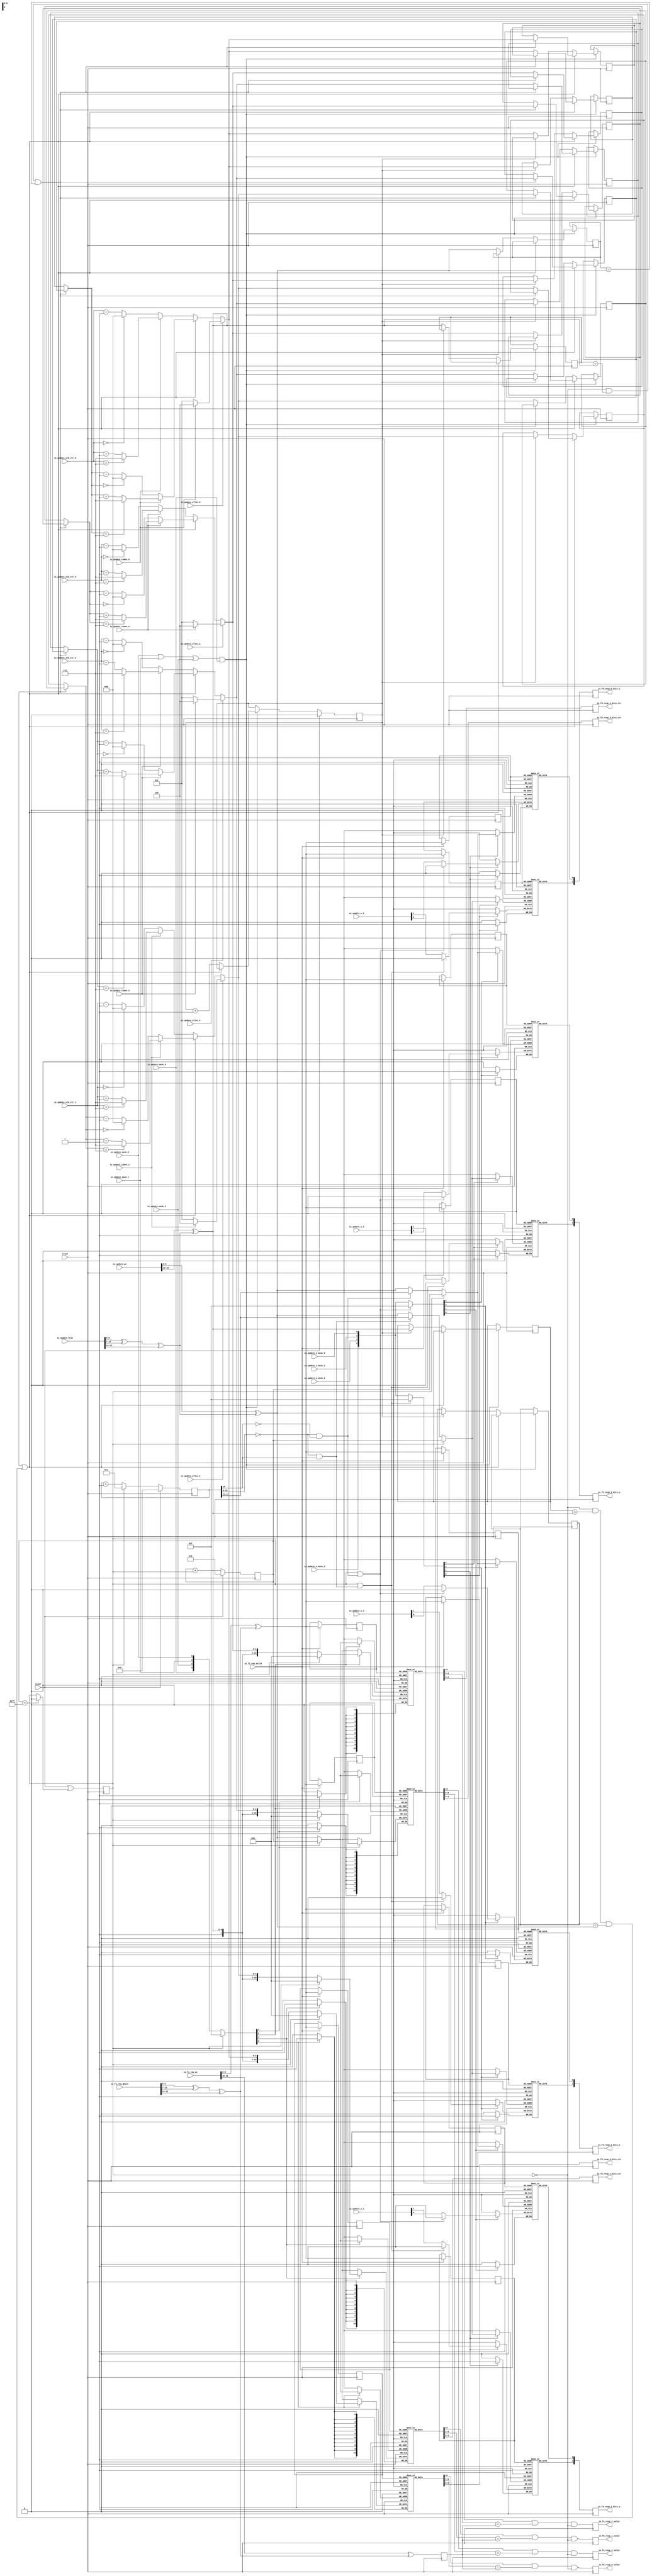
module TageTable(
  input         clock,
  input         reset,
  input         io_f1_req_valid,
  input  [39:0] io_f1_req_pc,
  input  [15:0] io_f1_req_ghist,
  output        io_f3_resp_0_valid,
  output [2:0]  io_f3_resp_0_bits_ctr,
  output [1:0]  io_f3_resp_0_bits_u,
  output        io_f3_resp_1_valid,
  output [2:0]  io_f3_resp_1_bits_ctr,
  output [1:0]  io_f3_resp_1_bits_u,
  output        io_f3_resp_2_valid,
  output [2:0]  io_f3_resp_2_bits_ctr,
  output [1:0]  io_f3_resp_2_bits_u,
  output        io_f3_resp_3_valid,
  output [2:0]  io_f3_resp_3_bits_ctr,
  output [1:0]  io_f3_resp_3_bits_u,
  input         io_update_mask_0,
  input         io_update_mask_1,
  input         io_update_mask_2,
  input         io_update_mask_3,
  input         io_update_taken_0,
  input         io_update_taken_1,
  input         io_update_taken_2,
  input         io_update_taken_3,
  input         io_update_alloc_0,
  input         io_update_alloc_1,
  input         io_update_alloc_2,
  input         io_update_alloc_3,
  input  [2:0]  io_update_old_ctr_0,
  input  [2:0]  io_update_old_ctr_1,
  input  [2:0]  io_update_old_ctr_2,
  input  [2:0]  io_update_old_ctr_3,
  input  [39:0] io_update_pc,
  input  [15:0] io_update_hist,
  input         io_update_u_mask_0,
  input         io_update_u_mask_1,
  input         io_update_u_mask_2,
  input         io_update_u_mask_3,
  input  [1:0]  io_update_u_0,
  input  [1:0]  io_update_u_1,
  input  [1:0]  io_update_u_2,
  input  [1:0]  io_update_u_3
);
`ifdef RANDOMIZE_MEM_INIT
  reg [31:0] _RAND_0;
  reg [31:0] _RAND_3;
  reg [31:0] _RAND_6;
  reg [31:0] _RAND_9;
  reg [31:0] _RAND_12;
  reg [31:0] _RAND_15;
  reg [31:0] _RAND_18;
  reg [31:0] _RAND_21;
  reg [31:0] _RAND_24;
  reg [31:0] _RAND_27;
  reg [31:0] _RAND_30;
  reg [31:0] _RAND_33;
`endif // RANDOMIZE_MEM_INIT
`ifdef RANDOMIZE_REG_INIT
  reg [31:0] _RAND_1;
  reg [31:0] _RAND_2;
  reg [31:0] _RAND_4;
  reg [31:0] _RAND_5;
  reg [31:0] _RAND_7;
  reg [31:0] _RAND_8;
  reg [31:0] _RAND_10;
  reg [31:0] _RAND_11;
  reg [31:0] _RAND_13;
  reg [31:0] _RAND_14;
  reg [31:0] _RAND_16;
  reg [31:0] _RAND_17;
  reg [31:0] _RAND_19;
  reg [31:0] _RAND_20;
  reg [31:0] _RAND_22;
  reg [31:0] _RAND_23;
  reg [31:0] _RAND_25;
  reg [31:0] _RAND_26;
  reg [31:0] _RAND_28;
  reg [31:0] _RAND_29;
  reg [31:0] _RAND_31;
  reg [31:0] _RAND_32;
  reg [31:0] _RAND_34;
  reg [31:0] _RAND_35;
  reg [31:0] _RAND_36;
  reg [31:0] _RAND_37;
  reg [31:0] _RAND_38;
  reg [31:0] _RAND_39;
  reg [31:0] _RAND_40;
  reg [31:0] _RAND_41;
  reg [31:0] _RAND_42;
  reg [31:0] _RAND_43;
  reg [31:0] _RAND_44;
  reg [31:0] _RAND_45;
  reg [31:0] _RAND_46;
  reg [31:0] _RAND_47;
  reg [31:0] _RAND_48;
  reg [31:0] _RAND_49;
  reg [31:0] _RAND_50;
  reg [31:0] _RAND_51;
  reg [31:0] _RAND_52;
  reg [31:0] _RAND_53;
  reg [31:0] _RAND_54;
  reg [31:0] _RAND_55;
  reg [31:0] _RAND_56;
  reg [31:0] _RAND_57;
  reg [31:0] _RAND_58;
  reg [31:0] _RAND_59;
  reg [31:0] _RAND_60;
  reg [31:0] _RAND_61;
  reg [31:0] _RAND_62;
  reg [31:0] _RAND_63;
  reg [31:0] _RAND_64;
`endif // RANDOMIZE_REG_INIT
  reg  hi_us_0 [0:127]; // @[tage.scala 89:27]
  wire  hi_us_0_s2_req_rhius_data; // @[tage.scala 89:27]
  wire [6:0] hi_us_0_s2_req_rhius_addr; // @[tage.scala 89:27]
  wire  hi_us_0_MPORT_2_data; // @[tage.scala 89:27]
  wire [6:0] hi_us_0_MPORT_2_addr; // @[tage.scala 89:27]
  wire  hi_us_0_MPORT_2_mask; // @[tage.scala 89:27]
  wire  hi_us_0_MPORT_2_en; // @[tage.scala 89:27]
  reg  hi_us_0_s2_req_rhius_en_pipe_0;
  reg [6:0] hi_us_0_s2_req_rhius_addr_pipe_0;
  reg  hi_us_1 [0:127]; // @[tage.scala 89:27]
  wire  hi_us_1_s2_req_rhius_data; // @[tage.scala 89:27]
  wire [6:0] hi_us_1_s2_req_rhius_addr; // @[tage.scala 89:27]
  wire  hi_us_1_MPORT_2_data; // @[tage.scala 89:27]
  wire [6:0] hi_us_1_MPORT_2_addr; // @[tage.scala 89:27]
  wire  hi_us_1_MPORT_2_mask; // @[tage.scala 89:27]
  wire  hi_us_1_MPORT_2_en; // @[tage.scala 89:27]
  reg  hi_us_1_s2_req_rhius_en_pipe_0;
  reg [6:0] hi_us_1_s2_req_rhius_addr_pipe_0;
  reg  hi_us_2 [0:127]; // @[tage.scala 89:27]
  wire  hi_us_2_s2_req_rhius_data; // @[tage.scala 89:27]
  wire [6:0] hi_us_2_s2_req_rhius_addr; // @[tage.scala 89:27]
  wire  hi_us_2_MPORT_2_data; // @[tage.scala 89:27]
  wire [6:0] hi_us_2_MPORT_2_addr; // @[tage.scala 89:27]
  wire  hi_us_2_MPORT_2_mask; // @[tage.scala 89:27]
  wire  hi_us_2_MPORT_2_en; // @[tage.scala 89:27]
  reg  hi_us_2_s2_req_rhius_en_pipe_0;
  reg [6:0] hi_us_2_s2_req_rhius_addr_pipe_0;
  reg  hi_us_3 [0:127]; // @[tage.scala 89:27]
  wire  hi_us_3_s2_req_rhius_data; // @[tage.scala 89:27]
  wire [6:0] hi_us_3_s2_req_rhius_addr; // @[tage.scala 89:27]
  wire  hi_us_3_MPORT_2_data; // @[tage.scala 89:27]
  wire [6:0] hi_us_3_MPORT_2_addr; // @[tage.scala 89:27]
  wire  hi_us_3_MPORT_2_mask; // @[tage.scala 89:27]
  wire  hi_us_3_MPORT_2_en; // @[tage.scala 89:27]
  reg  hi_us_3_s2_req_rhius_en_pipe_0;
  reg [6:0] hi_us_3_s2_req_rhius_addr_pipe_0;
  reg  lo_us_0 [0:127]; // @[tage.scala 90:27]
  wire  lo_us_0_s2_req_rlous_data; // @[tage.scala 90:27]
  wire [6:0] lo_us_0_s2_req_rlous_addr; // @[tage.scala 90:27]
  wire  lo_us_0_MPORT_3_data; // @[tage.scala 90:27]
  wire [6:0] lo_us_0_MPORT_3_addr; // @[tage.scala 90:27]
  wire  lo_us_0_MPORT_3_mask; // @[tage.scala 90:27]
  wire  lo_us_0_MPORT_3_en; // @[tage.scala 90:27]
  reg  lo_us_0_s2_req_rlous_en_pipe_0;
  reg [6:0] lo_us_0_s2_req_rlous_addr_pipe_0;
  reg  lo_us_1 [0:127]; // @[tage.scala 90:27]
  wire  lo_us_1_s2_req_rlous_data; // @[tage.scala 90:27]
  wire [6:0] lo_us_1_s2_req_rlous_addr; // @[tage.scala 90:27]
  wire  lo_us_1_MPORT_3_data; // @[tage.scala 90:27]
  wire [6:0] lo_us_1_MPORT_3_addr; // @[tage.scala 90:27]
  wire  lo_us_1_MPORT_3_mask; // @[tage.scala 90:27]
  wire  lo_us_1_MPORT_3_en; // @[tage.scala 90:27]
  reg  lo_us_1_s2_req_rlous_en_pipe_0;
  reg [6:0] lo_us_1_s2_req_rlous_addr_pipe_0;
  reg  lo_us_2 [0:127]; // @[tage.scala 90:27]
  wire  lo_us_2_s2_req_rlous_data; // @[tage.scala 90:27]
  wire [6:0] lo_us_2_s2_req_rlous_addr; // @[tage.scala 90:27]
  wire  lo_us_2_MPORT_3_data; // @[tage.scala 90:27]
  wire [6:0] lo_us_2_MPORT_3_addr; // @[tage.scala 90:27]
  wire  lo_us_2_MPORT_3_mask; // @[tage.scala 90:27]
  wire  lo_us_2_MPORT_3_en; // @[tage.scala 90:27]
  reg  lo_us_2_s2_req_rlous_en_pipe_0;
  reg [6:0] lo_us_2_s2_req_rlous_addr_pipe_0;
  reg  lo_us_3 [0:127]; // @[tage.scala 90:27]
  wire  lo_us_3_s2_req_rlous_data; // @[tage.scala 90:27]
  wire [6:0] lo_us_3_s2_req_rlous_addr; // @[tage.scala 90:27]
  wire  lo_us_3_MPORT_3_data; // @[tage.scala 90:27]
  wire [6:0] lo_us_3_MPORT_3_addr; // @[tage.scala 90:27]
  wire  lo_us_3_MPORT_3_mask; // @[tage.scala 90:27]
  wire  lo_us_3_MPORT_3_en; // @[tage.scala 90:27]
  reg  lo_us_3_s2_req_rlous_en_pipe_0;
  reg [6:0] lo_us_3_s2_req_rlous_addr_pipe_0;
  reg [10:0] table_0 [0:127]; // @[tage.scala 91:27]
  wire [10:0] table_0_MPORT_data; // @[tage.scala 91:27]
  wire [6:0] table_0_MPORT_addr; // @[tage.scala 91:27]
  wire [10:0] table_0_MPORT_1_data; // @[tage.scala 91:27]
  wire [6:0] table_0_MPORT_1_addr; // @[tage.scala 91:27]
  wire  table_0_MPORT_1_mask; // @[tage.scala 91:27]
  wire  table_0_MPORT_1_en; // @[tage.scala 91:27]
  reg  table_0_MPORT_en_pipe_0;
  reg [6:0] table_0_MPORT_addr_pipe_0;
  reg [10:0] table_1 [0:127]; // @[tage.scala 91:27]
  wire [10:0] table_1_MPORT_data; // @[tage.scala 91:27]
  wire [6:0] table_1_MPORT_addr; // @[tage.scala 91:27]
  wire [10:0] table_1_MPORT_1_data; // @[tage.scala 91:27]
  wire [6:0] table_1_MPORT_1_addr; // @[tage.scala 91:27]
  wire  table_1_MPORT_1_mask; // @[tage.scala 91:27]
  wire  table_1_MPORT_1_en; // @[tage.scala 91:27]
  reg  table_1_MPORT_en_pipe_0;
  reg [6:0] table_1_MPORT_addr_pipe_0;
  reg [10:0] table_2 [0:127]; // @[tage.scala 91:27]
  wire [10:0] table_2_MPORT_data; // @[tage.scala 91:27]
  wire [6:0] table_2_MPORT_addr; // @[tage.scala 91:27]
  wire [10:0] table_2_MPORT_1_data; // @[tage.scala 91:27]
  wire [6:0] table_2_MPORT_1_addr; // @[tage.scala 91:27]
  wire  table_2_MPORT_1_mask; // @[tage.scala 91:27]
  wire  table_2_MPORT_1_en; // @[tage.scala 91:27]
  reg  table_2_MPORT_en_pipe_0;
  reg [6:0] table_2_MPORT_addr_pipe_0;
  reg [10:0] table_3 [0:127]; // @[tage.scala 91:27]
  wire [10:0] table_3_MPORT_data; // @[tage.scala 91:27]
  wire [6:0] table_3_MPORT_addr; // @[tage.scala 91:27]
  wire [10:0] table_3_MPORT_1_data; // @[tage.scala 91:27]
  wire [6:0] table_3_MPORT_1_addr; // @[tage.scala 91:27]
  wire  table_3_MPORT_1_mask; // @[tage.scala 91:27]
  wire  table_3_MPORT_1_en; // @[tage.scala 91:27]
  reg  table_3_MPORT_en_pipe_0;
  reg [6:0] table_3_MPORT_addr_pipe_0;
  reg  doing_reset; // @[tage.scala 72:28]
  reg [6:0] reset_idx; // @[tage.scala 73:26]
  wire [6:0] _GEN_86 = {{6'd0}, doing_reset}; // @[tage.scala 74:26]
  wire [6:0] _T_1 = reset_idx + _GEN_86; // @[tage.scala 74:26]
  wire  _GEN_0 = reset_idx == 7'h7f ? 1'h0 : doing_reset; // @[tage.scala 75:36 tage.scala 75:50 tage.scala 72:28]
  wire [6:0] _T_7 = io_f1_req_ghist[6:0] ^ io_f1_req_ghist[13:7]; // @[tage.scala 55:25]
  wire [6:0] _GEN_87 = {{5'd0}, io_f1_req_ghist[15:14]}; // @[tage.scala 55:25]
  wire [6:0] _T_8 = _T_7 ^ _GEN_87; // @[tage.scala 55:25]
  wire [36:0] _GEN_88 = {{30'd0}, _T_8}; // @[tage.scala 60:29]
  wire [36:0] _T_9 = io_f1_req_pc[39:3] ^ _GEN_88; // @[tage.scala 60:29]
  wire [29:0] _GEN_90 = {{23'd0}, _T_8}; // @[tage.scala 62:50]
  wire [29:0] _T_16 = io_f1_req_pc[39:10] ^ _GEN_90; // @[tage.scala 62:50]
  reg [6:0] s2_tag; // @[tage.scala 95:29]
  wire [10:0] _WIRE_2 = table_0_MPORT_data;
  wire [6:0] s2_req_rtage_0_tag = _WIRE_2[9:3]; // @[tage.scala 97:87]
  wire  s2_req_rtage_0_valid = _WIRE_2[10]; // @[tage.scala 97:87]
  wire [10:0] _WIRE_4 = table_1_MPORT_data;
  wire [6:0] s2_req_rtage_1_tag = _WIRE_4[9:3]; // @[tage.scala 97:87]
  wire  s2_req_rtage_1_valid = _WIRE_4[10]; // @[tage.scala 97:87]
  wire [10:0] _WIRE_6 = table_2_MPORT_data;
  wire [6:0] s2_req_rtage_2_tag = _WIRE_6[9:3]; // @[tage.scala 97:87]
  wire  s2_req_rtage_2_valid = _WIRE_6[10]; // @[tage.scala 97:87]
  wire [10:0] _WIRE_8 = table_3_MPORT_data;
  wire [6:0] s2_req_rtage_3_tag = _WIRE_8[9:3]; // @[tage.scala 97:87]
  wire  s2_req_rtage_3_valid = _WIRE_8[10]; // @[tage.scala 97:87]
  wire  _T_37 = ~doing_reset; // @[tage.scala 100:83]
  reg  REG; // @[tage.scala 104:38]
  reg [1:0] REG_1; // @[tage.scala 105:38]
  reg [2:0] REG_2; // @[tage.scala 106:38]
  reg  REG_3; // @[tage.scala 104:38]
  reg [1:0] REG_4; // @[tage.scala 105:38]
  reg [2:0] REG_5; // @[tage.scala 106:38]
  reg  REG_6; // @[tage.scala 104:38]
  reg [1:0] REG_7; // @[tage.scala 105:38]
  reg [2:0] REG_8; // @[tage.scala 106:38]
  reg  REG_9; // @[tage.scala 104:38]
  reg [1:0] REG_10; // @[tage.scala 105:38]
  reg [2:0] REG_11; // @[tage.scala 106:38]
  reg [18:0] clear_u_ctr; // @[tage.scala 109:28]
  wire [18:0] _T_56 = clear_u_ctr + 19'h1; // @[tage.scala 110:85]
  wire  doing_clear_u = clear_u_ctr[10:0] == 11'h0; // @[tage.scala 112:61]
  wire  doing_clear_u_hi = doing_clear_u & clear_u_ctr[18]; // @[tage.scala 113:40]
  wire  doing_clear_u_lo = doing_clear_u & ~clear_u_ctr[18]; // @[tage.scala 114:40]
  wire [7:0] clear_u_idx = clear_u_ctr[18:11]; // @[tage.scala 115:33]
  wire [6:0] _T_66 = io_update_hist[6:0] ^ io_update_hist[13:7]; // @[tage.scala 55:25]
  wire [6:0] _GEN_91 = {{5'd0}, io_update_hist[15:14]}; // @[tage.scala 55:25]
  wire [6:0] _T_67 = _T_66 ^ _GEN_91; // @[tage.scala 55:25]
  wire [36:0] _GEN_92 = {{30'd0}, _T_67}; // @[tage.scala 60:29]
  wire [36:0] _T_68 = io_update_pc[39:3] ^ _GEN_92; // @[tage.scala 60:29]
  wire [6:0] update_idx = _T_68[6:0]; // @[tage.scala 60:43]
  wire [29:0] _GEN_94 = {{23'd0}, _T_67}; // @[tage.scala 62:50]
  wire [29:0] _T_75 = io_update_pc[39:10] ^ _GEN_94; // @[tage.scala 62:50]
  wire [6:0] update_tag = _T_75[6:0]; // @[tage.scala 62:64]
  wire [2:0] _T_125 = io_update_taken_0 ? 3'h4 : 3'h3; // @[tage.scala 156:10]
  reg [6:0] wrbypass_tags_0; // @[tage.scala 141:29]
  wire  _T_116 = wrbypass_tags_0 == update_tag; // @[tage.scala 148:22]
  wire  _T_117 = _T_37 & _T_116; // @[tage.scala 147:18]
  reg [6:0] wrbypass_idxs_0; // @[tage.scala 142:29]
  wire  _T_118 = wrbypass_idxs_0 == update_idx; // @[tage.scala 149:22]
  wire  wrbypass_hits_0 = _T_117 & _T_118; // @[tage.scala 148:37]
  reg [6:0] wrbypass_tags_1; // @[tage.scala 141:29]
  wire  _T_121 = wrbypass_tags_1 == update_tag; // @[tage.scala 148:22]
  wire  _T_122 = _T_37 & _T_121; // @[tage.scala 147:18]
  reg [6:0] wrbypass_idxs_1; // @[tage.scala 142:29]
  wire  _T_123 = wrbypass_idxs_1 == update_idx; // @[tage.scala 149:22]
  wire  wrbypass_hits_1 = _T_122 & _T_123; // @[tage.scala 148:37]
  wire  wrbypass_hit = wrbypass_hits_0 | wrbypass_hits_1; // @[tage.scala 151:48]
  wire  wrbypass_hit_idx = wrbypass_hits_0 ? 1'h0 : 1'h1; // @[Mux.scala 47:69]
  reg [2:0] wrbypass_1_0; // @[tage.scala 143:29]
  reg [2:0] wrbypass_0_0; // @[tage.scala 143:29]
  wire [2:0] _GEN_33 = wrbypass_hit_idx ? wrbypass_1_0 : wrbypass_0_0; // @[tage.scala 67:25 tage.scala 67:25]
  wire [2:0] _T_129 = _GEN_33 - 3'h1; // @[tage.scala 67:43]
  wire [2:0] _T_130 = _GEN_33 == 3'h0 ? 3'h0 : _T_129; // @[tage.scala 67:20]
  wire [2:0] _T_133 = _GEN_33 + 3'h1; // @[tage.scala 68:43]
  wire [2:0] _T_134 = _GEN_33 == 3'h7 ? 3'h7 : _T_133; // @[tage.scala 68:20]
  wire [2:0] _T_135 = ~io_update_taken_0 ? _T_130 : _T_134; // @[tage.scala 67:8]
  wire [2:0] _T_139 = io_update_old_ctr_0 - 3'h1; // @[tage.scala 67:43]
  wire [2:0] _T_140 = io_update_old_ctr_0 == 3'h0 ? 3'h0 : _T_139; // @[tage.scala 67:20]
  wire [2:0] _T_143 = io_update_old_ctr_0 + 3'h1; // @[tage.scala 68:43]
  wire [2:0] _T_144 = io_update_old_ctr_0 == 3'h7 ? 3'h7 : _T_143; // @[tage.scala 68:20]
  wire [2:0] _T_145 = ~io_update_taken_0 ? _T_140 : _T_144; // @[tage.scala 67:8]
  wire [2:0] _T_146 = wrbypass_hit ? _T_135 : _T_145; // @[tage.scala 159:10]
  wire [2:0] update_wdata_0_ctr = io_update_alloc_0 ? _T_125 : _T_146; // @[tage.scala 155:33]
  wire [10:0] _T_77 = {1'h1,update_tag,update_wdata_0_ctr}; // @[tage.scala 123:102]
  wire [2:0] _T_150 = io_update_taken_1 ? 3'h4 : 3'h3; // @[tage.scala 156:10]
  reg [2:0] wrbypass_1_1; // @[tage.scala 143:29]
  reg [2:0] wrbypass_0_1; // @[tage.scala 143:29]
  wire [2:0] _GEN_35 = wrbypass_hit_idx ? wrbypass_1_1 : wrbypass_0_1; // @[tage.scala 67:25 tage.scala 67:25]
  wire [2:0] _T_154 = _GEN_35 - 3'h1; // @[tage.scala 67:43]
  wire [2:0] _T_155 = _GEN_35 == 3'h0 ? 3'h0 : _T_154; // @[tage.scala 67:20]
  wire [2:0] _T_158 = _GEN_35 + 3'h1; // @[tage.scala 68:43]
  wire [2:0] _T_159 = _GEN_35 == 3'h7 ? 3'h7 : _T_158; // @[tage.scala 68:20]
  wire [2:0] _T_160 = ~io_update_taken_1 ? _T_155 : _T_159; // @[tage.scala 67:8]
  wire [2:0] _T_164 = io_update_old_ctr_1 - 3'h1; // @[tage.scala 67:43]
  wire [2:0] _T_165 = io_update_old_ctr_1 == 3'h0 ? 3'h0 : _T_164; // @[tage.scala 67:20]
  wire [2:0] _T_168 = io_update_old_ctr_1 + 3'h1; // @[tage.scala 68:43]
  wire [2:0] _T_169 = io_update_old_ctr_1 == 3'h7 ? 3'h7 : _T_168; // @[tage.scala 68:20]
  wire [2:0] _T_170 = ~io_update_taken_1 ? _T_165 : _T_169; // @[tage.scala 67:8]
  wire [2:0] _T_171 = wrbypass_hit ? _T_160 : _T_170; // @[tage.scala 159:10]
  wire [2:0] update_wdata_1_ctr = io_update_alloc_1 ? _T_150 : _T_171; // @[tage.scala 155:33]
  wire [10:0] _T_78 = {1'h1,update_tag,update_wdata_1_ctr}; // @[tage.scala 123:102]
  wire [2:0] _T_175 = io_update_taken_2 ? 3'h4 : 3'h3; // @[tage.scala 156:10]
  reg [2:0] wrbypass_1_2; // @[tage.scala 143:29]
  reg [2:0] wrbypass_0_2; // @[tage.scala 143:29]
  wire [2:0] _GEN_37 = wrbypass_hit_idx ? wrbypass_1_2 : wrbypass_0_2; // @[tage.scala 67:25 tage.scala 67:25]
  wire [2:0] _T_179 = _GEN_37 - 3'h1; // @[tage.scala 67:43]
  wire [2:0] _T_180 = _GEN_37 == 3'h0 ? 3'h0 : _T_179; // @[tage.scala 67:20]
  wire [2:0] _T_183 = _GEN_37 + 3'h1; // @[tage.scala 68:43]
  wire [2:0] _T_184 = _GEN_37 == 3'h7 ? 3'h7 : _T_183; // @[tage.scala 68:20]
  wire [2:0] _T_185 = ~io_update_taken_2 ? _T_180 : _T_184; // @[tage.scala 67:8]
  wire [2:0] _T_189 = io_update_old_ctr_2 - 3'h1; // @[tage.scala 67:43]
  wire [2:0] _T_190 = io_update_old_ctr_2 == 3'h0 ? 3'h0 : _T_189; // @[tage.scala 67:20]
  wire [2:0] _T_193 = io_update_old_ctr_2 + 3'h1; // @[tage.scala 68:43]
  wire [2:0] _T_194 = io_update_old_ctr_2 == 3'h7 ? 3'h7 : _T_193; // @[tage.scala 68:20]
  wire [2:0] _T_195 = ~io_update_taken_2 ? _T_190 : _T_194; // @[tage.scala 67:8]
  wire [2:0] _T_196 = wrbypass_hit ? _T_185 : _T_195; // @[tage.scala 159:10]
  wire [2:0] update_wdata_2_ctr = io_update_alloc_2 ? _T_175 : _T_196; // @[tage.scala 155:33]
  wire [10:0] _T_79 = {1'h1,update_tag,update_wdata_2_ctr}; // @[tage.scala 123:102]
  wire [2:0] _T_200 = io_update_taken_3 ? 3'h4 : 3'h3; // @[tage.scala 156:10]
  reg [2:0] wrbypass_1_3; // @[tage.scala 143:29]
  reg [2:0] wrbypass_0_3; // @[tage.scala 143:29]
  wire [2:0] _GEN_39 = wrbypass_hit_idx ? wrbypass_1_3 : wrbypass_0_3; // @[tage.scala 67:25 tage.scala 67:25]
  wire [2:0] _T_204 = _GEN_39 - 3'h1; // @[tage.scala 67:43]
  wire [2:0] _T_205 = _GEN_39 == 3'h0 ? 3'h0 : _T_204; // @[tage.scala 67:20]
  wire [2:0] _T_208 = _GEN_39 + 3'h1; // @[tage.scala 68:43]
  wire [2:0] _T_209 = _GEN_39 == 3'h7 ? 3'h7 : _T_208; // @[tage.scala 68:20]
  wire [2:0] _T_210 = ~io_update_taken_3 ? _T_205 : _T_209; // @[tage.scala 67:8]
  wire [2:0] _T_214 = io_update_old_ctr_3 - 3'h1; // @[tage.scala 67:43]
  wire [2:0] _T_215 = io_update_old_ctr_3 == 3'h0 ? 3'h0 : _T_214; // @[tage.scala 67:20]
  wire [2:0] _T_218 = io_update_old_ctr_3 + 3'h1; // @[tage.scala 68:43]
  wire [2:0] _T_219 = io_update_old_ctr_3 == 3'h7 ? 3'h7 : _T_218; // @[tage.scala 68:20]
  wire [2:0] _T_220 = ~io_update_taken_3 ? _T_215 : _T_219; // @[tage.scala 67:8]
  wire [2:0] _T_221 = wrbypass_hit ? _T_210 : _T_220; // @[tage.scala 159:10]
  wire [2:0] update_wdata_3_ctr = io_update_alloc_3 ? _T_200 : _T_221; // @[tage.scala 155:33]
  wire [10:0] _T_80 = {1'h1,update_tag,update_wdata_3_ctr}; // @[tage.scala 123:102]
  wire [3:0] _T_83 = {io_update_mask_3,io_update_mask_2,io_update_mask_1,io_update_mask_0}; // @[tage.scala 124:90]
  wire [3:0] _T_84 = doing_reset ? 4'hf : _T_83; // @[tage.scala 124:8]
  wire [7:0] _T_89 = doing_clear_u_hi ? clear_u_idx : {{1'd0}, update_idx}; // @[tage.scala 129:36]
  wire [7:0] _T_90 = doing_reset ? {{1'd0}, reset_idx} : _T_89; // @[tage.scala 129:8]
  wire  _T_91 = doing_reset | doing_clear_u_hi; // @[tage.scala 130:21]
  wire  update_hi_wdata_0 = io_update_u_0[1]; // @[tage.scala 166:44]
  wire  update_hi_wdata_1 = io_update_u_1[1]; // @[tage.scala 166:44]
  wire  update_hi_wdata_2 = io_update_u_2[1]; // @[tage.scala 166:44]
  wire  update_hi_wdata_3 = io_update_u_3[1]; // @[tage.scala 166:44]
  wire [3:0] _T_95 = {io_update_u_mask_3,io_update_u_mask_2,io_update_u_mask_1,io_update_u_mask_0}; // @[tage.scala 131:80]
  wire [3:0] _T_96 = _T_91 ? 4'hf : _T_95; // @[tage.scala 131:8]
  wire [7:0] _T_102 = doing_clear_u_lo ? clear_u_idx : {{1'd0}, update_idx}; // @[tage.scala 136:36]
  wire [7:0] _T_103 = doing_reset ? {{1'd0}, reset_idx} : _T_102; // @[tage.scala 136:8]
  wire  _T_104 = doing_reset | doing_clear_u_lo; // @[tage.scala 137:21]
  wire  update_lo_wdata_0 = io_update_u_0[0]; // @[tage.scala 167:44]
  wire  update_lo_wdata_1 = io_update_u_1[0]; // @[tage.scala 167:44]
  wire  update_lo_wdata_2 = io_update_u_2[0]; // @[tage.scala 167:44]
  wire  update_lo_wdata_3 = io_update_u_3[0]; // @[tage.scala 167:44]
  wire [3:0] _T_109 = _T_104 ? 4'hf : _T_95; // @[tage.scala 138:8]
  reg  wrbypass_enq_idx; // @[tage.scala 144:33]
  wire  _T_230 = wrbypass_enq_idx + 1'h1; // @[util.scala 260:14]
  assign hi_us_0_s2_req_rhius_addr = hi_us_0_s2_req_rhius_addr_pipe_0;
  assign hi_us_0_s2_req_rhius_data = hi_us_0[hi_us_0_s2_req_rhius_addr]; // @[tage.scala 89:27]
  assign hi_us_0_MPORT_2_data = _T_91 ? 1'h0 : update_hi_wdata_0;
  assign hi_us_0_MPORT_2_addr = _T_90[6:0];
  assign hi_us_0_MPORT_2_mask = _T_96[0];
  assign hi_us_0_MPORT_2_en = 1'h1;
  assign hi_us_1_s2_req_rhius_addr = hi_us_1_s2_req_rhius_addr_pipe_0;
  assign hi_us_1_s2_req_rhius_data = hi_us_1[hi_us_1_s2_req_rhius_addr]; // @[tage.scala 89:27]
  assign hi_us_1_MPORT_2_data = _T_91 ? 1'h0 : update_hi_wdata_1;
  assign hi_us_1_MPORT_2_addr = _T_90[6:0];
  assign hi_us_1_MPORT_2_mask = _T_96[1];
  assign hi_us_1_MPORT_2_en = 1'h1;
  assign hi_us_2_s2_req_rhius_addr = hi_us_2_s2_req_rhius_addr_pipe_0;
  assign hi_us_2_s2_req_rhius_data = hi_us_2[hi_us_2_s2_req_rhius_addr]; // @[tage.scala 89:27]
  assign hi_us_2_MPORT_2_data = _T_91 ? 1'h0 : update_hi_wdata_2;
  assign hi_us_2_MPORT_2_addr = _T_90[6:0];
  assign hi_us_2_MPORT_2_mask = _T_96[2];
  assign hi_us_2_MPORT_2_en = 1'h1;
  assign hi_us_3_s2_req_rhius_addr = hi_us_3_s2_req_rhius_addr_pipe_0;
  assign hi_us_3_s2_req_rhius_data = hi_us_3[hi_us_3_s2_req_rhius_addr]; // @[tage.scala 89:27]
  assign hi_us_3_MPORT_2_data = _T_91 ? 1'h0 : update_hi_wdata_3;
  assign hi_us_3_MPORT_2_addr = _T_90[6:0];
  assign hi_us_3_MPORT_2_mask = _T_96[3];
  assign hi_us_3_MPORT_2_en = 1'h1;
  assign lo_us_0_s2_req_rlous_addr = lo_us_0_s2_req_rlous_addr_pipe_0;
  assign lo_us_0_s2_req_rlous_data = lo_us_0[lo_us_0_s2_req_rlous_addr]; // @[tage.scala 90:27]
  assign lo_us_0_MPORT_3_data = _T_104 ? 1'h0 : update_lo_wdata_0;
  assign lo_us_0_MPORT_3_addr = _T_103[6:0];
  assign lo_us_0_MPORT_3_mask = _T_109[0];
  assign lo_us_0_MPORT_3_en = 1'h1;
  assign lo_us_1_s2_req_rlous_addr = lo_us_1_s2_req_rlous_addr_pipe_0;
  assign lo_us_1_s2_req_rlous_data = lo_us_1[lo_us_1_s2_req_rlous_addr]; // @[tage.scala 90:27]
  assign lo_us_1_MPORT_3_data = _T_104 ? 1'h0 : update_lo_wdata_1;
  assign lo_us_1_MPORT_3_addr = _T_103[6:0];
  assign lo_us_1_MPORT_3_mask = _T_109[1];
  assign lo_us_1_MPORT_3_en = 1'h1;
  assign lo_us_2_s2_req_rlous_addr = lo_us_2_s2_req_rlous_addr_pipe_0;
  assign lo_us_2_s2_req_rlous_data = lo_us_2[lo_us_2_s2_req_rlous_addr]; // @[tage.scala 90:27]
  assign lo_us_2_MPORT_3_data = _T_104 ? 1'h0 : update_lo_wdata_2;
  assign lo_us_2_MPORT_3_addr = _T_103[6:0];
  assign lo_us_2_MPORT_3_mask = _T_109[2];
  assign lo_us_2_MPORT_3_en = 1'h1;
  assign lo_us_3_s2_req_rlous_addr = lo_us_3_s2_req_rlous_addr_pipe_0;
  assign lo_us_3_s2_req_rlous_data = lo_us_3[lo_us_3_s2_req_rlous_addr]; // @[tage.scala 90:27]
  assign lo_us_3_MPORT_3_data = _T_104 ? 1'h0 : update_lo_wdata_3;
  assign lo_us_3_MPORT_3_addr = _T_103[6:0];
  assign lo_us_3_MPORT_3_mask = _T_109[3];
  assign lo_us_3_MPORT_3_en = 1'h1;
  assign table_0_MPORT_addr = table_0_MPORT_addr_pipe_0;
  assign table_0_MPORT_data = table_0[table_0_MPORT_addr]; // @[tage.scala 91:27]
  assign table_0_MPORT_1_data = doing_reset ? 11'h0 : _T_77;
  assign table_0_MPORT_1_addr = doing_reset ? reset_idx : update_idx;
  assign table_0_MPORT_1_mask = _T_84[0];
  assign table_0_MPORT_1_en = 1'h1;
  assign table_1_MPORT_addr = table_1_MPORT_addr_pipe_0;
  assign table_1_MPORT_data = table_1[table_1_MPORT_addr]; // @[tage.scala 91:27]
  assign table_1_MPORT_1_data = doing_reset ? 11'h0 : _T_78;
  assign table_1_MPORT_1_addr = doing_reset ? reset_idx : update_idx;
  assign table_1_MPORT_1_mask = _T_84[1];
  assign table_1_MPORT_1_en = 1'h1;
  assign table_2_MPORT_addr = table_2_MPORT_addr_pipe_0;
  assign table_2_MPORT_data = table_2[table_2_MPORT_addr]; // @[tage.scala 91:27]
  assign table_2_MPORT_1_data = doing_reset ? 11'h0 : _T_79;
  assign table_2_MPORT_1_addr = doing_reset ? reset_idx : update_idx;
  assign table_2_MPORT_1_mask = _T_84[2];
  assign table_2_MPORT_1_en = 1'h1;
  assign table_3_MPORT_addr = table_3_MPORT_addr_pipe_0;
  assign table_3_MPORT_data = table_3[table_3_MPORT_addr]; // @[tage.scala 91:27]
  assign table_3_MPORT_1_data = doing_reset ? 11'h0 : _T_80;
  assign table_3_MPORT_1_addr = doing_reset ? reset_idx : update_idx;
  assign table_3_MPORT_1_mask = _T_84[3];
  assign table_3_MPORT_1_en = 1'h1;
  assign io_f3_resp_0_valid = REG; // @[tage.scala 104:28]
  assign io_f3_resp_0_bits_ctr = REG_2; // @[tage.scala 106:28]
  assign io_f3_resp_0_bits_u = REG_1; // @[tage.scala 105:28]
  assign io_f3_resp_1_valid = REG_3; // @[tage.scala 104:28]
  assign io_f3_resp_1_bits_ctr = REG_5; // @[tage.scala 106:28]
  assign io_f3_resp_1_bits_u = REG_4; // @[tage.scala 105:28]
  assign io_f3_resp_2_valid = REG_6; // @[tage.scala 104:28]
  assign io_f3_resp_2_bits_ctr = REG_8; // @[tage.scala 106:28]
  assign io_f3_resp_2_bits_u = REG_7; // @[tage.scala 105:28]
  assign io_f3_resp_3_valid = REG_9; // @[tage.scala 104:28]
  assign io_f3_resp_3_bits_ctr = REG_11; // @[tage.scala 106:28]
  assign io_f3_resp_3_bits_u = REG_10; // @[tage.scala 105:28]
  always @(posedge clock) begin
    if(hi_us_0_MPORT_2_en & hi_us_0_MPORT_2_mask) begin
      hi_us_0[hi_us_0_MPORT_2_addr] <= hi_us_0_MPORT_2_data; // @[tage.scala 89:27]
    end
    hi_us_0_s2_req_rhius_en_pipe_0 <= io_f1_req_valid;
    if (io_f1_req_valid) begin
      hi_us_0_s2_req_rhius_addr_pipe_0 <= _T_9[6:0];
    end
    if(hi_us_1_MPORT_2_en & hi_us_1_MPORT_2_mask) begin
      hi_us_1[hi_us_1_MPORT_2_addr] <= hi_us_1_MPORT_2_data; // @[tage.scala 89:27]
    end
    hi_us_1_s2_req_rhius_en_pipe_0 <= io_f1_req_valid;
    if (io_f1_req_valid) begin
      hi_us_1_s2_req_rhius_addr_pipe_0 <= _T_9[6:0];
    end
    if(hi_us_2_MPORT_2_en & hi_us_2_MPORT_2_mask) begin
      hi_us_2[hi_us_2_MPORT_2_addr] <= hi_us_2_MPORT_2_data; // @[tage.scala 89:27]
    end
    hi_us_2_s2_req_rhius_en_pipe_0 <= io_f1_req_valid;
    if (io_f1_req_valid) begin
      hi_us_2_s2_req_rhius_addr_pipe_0 <= _T_9[6:0];
    end
    if(hi_us_3_MPORT_2_en & hi_us_3_MPORT_2_mask) begin
      hi_us_3[hi_us_3_MPORT_2_addr] <= hi_us_3_MPORT_2_data; // @[tage.scala 89:27]
    end
    hi_us_3_s2_req_rhius_en_pipe_0 <= io_f1_req_valid;
    if (io_f1_req_valid) begin
      hi_us_3_s2_req_rhius_addr_pipe_0 <= _T_9[6:0];
    end
    if(lo_us_0_MPORT_3_en & lo_us_0_MPORT_3_mask) begin
      lo_us_0[lo_us_0_MPORT_3_addr] <= lo_us_0_MPORT_3_data; // @[tage.scala 90:27]
    end
    lo_us_0_s2_req_rlous_en_pipe_0 <= io_f1_req_valid;
    if (io_f1_req_valid) begin
      lo_us_0_s2_req_rlous_addr_pipe_0 <= _T_9[6:0];
    end
    if(lo_us_1_MPORT_3_en & lo_us_1_MPORT_3_mask) begin
      lo_us_1[lo_us_1_MPORT_3_addr] <= lo_us_1_MPORT_3_data; // @[tage.scala 90:27]
    end
    lo_us_1_s2_req_rlous_en_pipe_0 <= io_f1_req_valid;
    if (io_f1_req_valid) begin
      lo_us_1_s2_req_rlous_addr_pipe_0 <= _T_9[6:0];
    end
    if(lo_us_2_MPORT_3_en & lo_us_2_MPORT_3_mask) begin
      lo_us_2[lo_us_2_MPORT_3_addr] <= lo_us_2_MPORT_3_data; // @[tage.scala 90:27]
    end
    lo_us_2_s2_req_rlous_en_pipe_0 <= io_f1_req_valid;
    if (io_f1_req_valid) begin
      lo_us_2_s2_req_rlous_addr_pipe_0 <= _T_9[6:0];
    end
    if(lo_us_3_MPORT_3_en & lo_us_3_MPORT_3_mask) begin
      lo_us_3[lo_us_3_MPORT_3_addr] <= lo_us_3_MPORT_3_data; // @[tage.scala 90:27]
    end
    lo_us_3_s2_req_rlous_en_pipe_0 <= io_f1_req_valid;
    if (io_f1_req_valid) begin
      lo_us_3_s2_req_rlous_addr_pipe_0 <= _T_9[6:0];
    end
    if(table_0_MPORT_1_en & table_0_MPORT_1_mask) begin
      table_0[table_0_MPORT_1_addr] <= table_0_MPORT_1_data; // @[tage.scala 91:27]
    end
    table_0_MPORT_en_pipe_0 <= io_f1_req_valid;
    if (io_f1_req_valid) begin
      table_0_MPORT_addr_pipe_0 <= _T_9[6:0];
    end
    if(table_1_MPORT_1_en & table_1_MPORT_1_mask) begin
      table_1[table_1_MPORT_1_addr] <= table_1_MPORT_1_data; // @[tage.scala 91:27]
    end
    table_1_MPORT_en_pipe_0 <= io_f1_req_valid;
    if (io_f1_req_valid) begin
      table_1_MPORT_addr_pipe_0 <= _T_9[6:0];
    end
    if(table_2_MPORT_1_en & table_2_MPORT_1_mask) begin
      table_2[table_2_MPORT_1_addr] <= table_2_MPORT_1_data; // @[tage.scala 91:27]
    end
    table_2_MPORT_en_pipe_0 <= io_f1_req_valid;
    if (io_f1_req_valid) begin
      table_2_MPORT_addr_pipe_0 <= _T_9[6:0];
    end
    if(table_3_MPORT_1_en & table_3_MPORT_1_mask) begin
      table_3[table_3_MPORT_1_addr] <= table_3_MPORT_1_data; // @[tage.scala 91:27]
    end
    table_3_MPORT_en_pipe_0 <= io_f1_req_valid;
    if (io_f1_req_valid) begin
      table_3_MPORT_addr_pipe_0 <= _T_9[6:0];
    end
    doing_reset <= reset | _GEN_0; // @[tage.scala 72:28 tage.scala 72:28]
    if (reset) begin // @[tage.scala 73:26]
      reset_idx <= 7'h0; // @[tage.scala 73:26]
    end else begin
      reset_idx <= _T_1; // @[tage.scala 74:13]
    end
    s2_tag <= _T_16[6:0]; // @[tage.scala 62:64]
    REG <= s2_req_rtage_0_valid & s2_req_rtage_0_tag == s2_tag & ~doing_reset; // @[tage.scala 100:80]
    REG_1 <= {hi_us_0_s2_req_rhius_data,lo_us_0_s2_req_rlous_data}; // @[Cat.scala 30:58]
    REG_2 <= _WIRE_2[2:0]; // @[tage.scala 97:87]
    REG_3 <= s2_req_rtage_1_valid & s2_req_rtage_1_tag == s2_tag & ~doing_reset; // @[tage.scala 100:80]
    REG_4 <= {hi_us_1_s2_req_rhius_data,lo_us_1_s2_req_rlous_data}; // @[Cat.scala 30:58]
    REG_5 <= _WIRE_4[2:0]; // @[tage.scala 97:87]
    REG_6 <= s2_req_rtage_2_valid & s2_req_rtage_2_tag == s2_tag & ~doing_reset; // @[tage.scala 100:80]
    REG_7 <= {hi_us_2_s2_req_rhius_data,lo_us_2_s2_req_rlous_data}; // @[Cat.scala 30:58]
    REG_8 <= _WIRE_6[2:0]; // @[tage.scala 97:87]
    REG_9 <= s2_req_rtage_3_valid & s2_req_rtage_3_tag == s2_tag & ~doing_reset; // @[tage.scala 100:80]
    REG_10 <= {hi_us_3_s2_req_rhius_data,lo_us_3_s2_req_rlous_data}; // @[Cat.scala 30:58]
    REG_11 <= _WIRE_8[2:0]; // @[tage.scala 97:87]
    if (reset) begin // @[tage.scala 109:28]
      clear_u_ctr <= 19'h0; // @[tage.scala 109:28]
    end else if (doing_reset) begin // @[tage.scala 110:22]
      clear_u_ctr <= 19'h1; // @[tage.scala 110:36]
    end else begin
      clear_u_ctr <= _T_56; // @[tage.scala 110:70]
    end
    if (io_update_mask_0 | io_update_mask_1 | io_update_mask_2 | io_update_mask_3) begin // @[tage.scala 170:38]
      if (!(wrbypass_hit)) begin // @[tage.scala 171:39]
        if (~wrbypass_enq_idx) begin // @[tage.scala 175:39]
          wrbypass_tags_0 <= update_tag; // @[tage.scala 175:39]
        end
      end
    end
    if (io_update_mask_0 | io_update_mask_1 | io_update_mask_2 | io_update_mask_3) begin // @[tage.scala 170:38]
      if (!(wrbypass_hit)) begin // @[tage.scala 171:39]
        if (~wrbypass_enq_idx) begin // @[tage.scala 176:39]
          wrbypass_idxs_0 <= update_idx; // @[tage.scala 176:39]
        end
      end
    end
    if (io_update_mask_0 | io_update_mask_1 | io_update_mask_2 | io_update_mask_3) begin // @[tage.scala 170:38]
      if (!(wrbypass_hit)) begin // @[tage.scala 171:39]
        if (wrbypass_enq_idx) begin // @[tage.scala 175:39]
          wrbypass_tags_1 <= update_tag; // @[tage.scala 175:39]
        end
      end
    end
    if (io_update_mask_0 | io_update_mask_1 | io_update_mask_2 | io_update_mask_3) begin // @[tage.scala 170:38]
      if (!(wrbypass_hit)) begin // @[tage.scala 171:39]
        if (wrbypass_enq_idx) begin // @[tage.scala 176:39]
          wrbypass_idxs_1 <= update_idx; // @[tage.scala 176:39]
        end
      end
    end
    if (io_update_mask_0 | io_update_mask_1 | io_update_mask_2 | io_update_mask_3) begin // @[tage.scala 170:38]
      if (wrbypass_hit) begin // @[tage.scala 171:39]
        if (wrbypass_hit_idx) begin // @[tage.scala 172:34]
          wrbypass_1_0 <= update_wdata_0_ctr; // @[tage.scala 172:34]
        end
      end else if (wrbypass_enq_idx) begin // @[tage.scala 174:39]
        wrbypass_1_0 <= update_wdata_0_ctr; // @[tage.scala 174:39]
      end
    end
    if (io_update_mask_0 | io_update_mask_1 | io_update_mask_2 | io_update_mask_3) begin // @[tage.scala 170:38]
      if (wrbypass_hit) begin // @[tage.scala 171:39]
        if (~wrbypass_hit_idx) begin // @[tage.scala 172:34]
          wrbypass_0_0 <= update_wdata_0_ctr; // @[tage.scala 172:34]
        end
      end else if (~wrbypass_enq_idx) begin // @[tage.scala 174:39]
        wrbypass_0_0 <= update_wdata_0_ctr; // @[tage.scala 174:39]
      end
    end
    if (io_update_mask_0 | io_update_mask_1 | io_update_mask_2 | io_update_mask_3) begin // @[tage.scala 170:38]
      if (wrbypass_hit) begin // @[tage.scala 171:39]
        if (wrbypass_hit_idx) begin // @[tage.scala 172:34]
          wrbypass_1_1 <= update_wdata_1_ctr; // @[tage.scala 172:34]
        end
      end else if (wrbypass_enq_idx) begin // @[tage.scala 174:39]
        wrbypass_1_1 <= update_wdata_1_ctr; // @[tage.scala 174:39]
      end
    end
    if (io_update_mask_0 | io_update_mask_1 | io_update_mask_2 | io_update_mask_3) begin // @[tage.scala 170:38]
      if (wrbypass_hit) begin // @[tage.scala 171:39]
        if (~wrbypass_hit_idx) begin // @[tage.scala 172:34]
          wrbypass_0_1 <= update_wdata_1_ctr; // @[tage.scala 172:34]
        end
      end else if (~wrbypass_enq_idx) begin // @[tage.scala 174:39]
        wrbypass_0_1 <= update_wdata_1_ctr; // @[tage.scala 174:39]
      end
    end
    if (io_update_mask_0 | io_update_mask_1 | io_update_mask_2 | io_update_mask_3) begin // @[tage.scala 170:38]
      if (wrbypass_hit) begin // @[tage.scala 171:39]
        if (wrbypass_hit_idx) begin // @[tage.scala 172:34]
          wrbypass_1_2 <= update_wdata_2_ctr; // @[tage.scala 172:34]
        end
      end else if (wrbypass_enq_idx) begin // @[tage.scala 174:39]
        wrbypass_1_2 <= update_wdata_2_ctr; // @[tage.scala 174:39]
      end
    end
    if (io_update_mask_0 | io_update_mask_1 | io_update_mask_2 | io_update_mask_3) begin // @[tage.scala 170:38]
      if (wrbypass_hit) begin // @[tage.scala 171:39]
        if (~wrbypass_hit_idx) begin // @[tage.scala 172:34]
          wrbypass_0_2 <= update_wdata_2_ctr; // @[tage.scala 172:34]
        end
      end else if (~wrbypass_enq_idx) begin // @[tage.scala 174:39]
        wrbypass_0_2 <= update_wdata_2_ctr; // @[tage.scala 174:39]
      end
    end
    if (io_update_mask_0 | io_update_mask_1 | io_update_mask_2 | io_update_mask_3) begin // @[tage.scala 170:38]
      if (wrbypass_hit) begin // @[tage.scala 171:39]
        if (wrbypass_hit_idx) begin // @[tage.scala 172:34]
          wrbypass_1_3 <= update_wdata_3_ctr; // @[tage.scala 172:34]
        end
      end else if (wrbypass_enq_idx) begin // @[tage.scala 174:39]
        wrbypass_1_3 <= update_wdata_3_ctr; // @[tage.scala 174:39]
      end
    end
    if (io_update_mask_0 | io_update_mask_1 | io_update_mask_2 | io_update_mask_3) begin // @[tage.scala 170:38]
      if (wrbypass_hit) begin // @[tage.scala 171:39]
        if (~wrbypass_hit_idx) begin // @[tage.scala 172:34]
          wrbypass_0_3 <= update_wdata_3_ctr; // @[tage.scala 172:34]
        end
      end else if (~wrbypass_enq_idx) begin // @[tage.scala 174:39]
        wrbypass_0_3 <= update_wdata_3_ctr; // @[tage.scala 174:39]
      end
    end
    if (reset) begin // @[tage.scala 144:33]
      wrbypass_enq_idx <= 1'h0; // @[tage.scala 144:33]
    end else if (io_update_mask_0 | io_update_mask_1 | io_update_mask_2 | io_update_mask_3) begin // @[tage.scala 170:38]
      if (!(wrbypass_hit)) begin // @[tage.scala 171:39]
        wrbypass_enq_idx <= _T_230; // @[tage.scala 177:24]
      end
    end
  end
// Register and memory initialization
`ifdef RANDOMIZE_GARBAGE_ASSIGN
`define RANDOMIZE
`endif
`ifdef RANDOMIZE_INVALID_ASSIGN
`define RANDOMIZE
`endif
`ifdef RANDOMIZE_REG_INIT
`define RANDOMIZE
`endif
`ifdef RANDOMIZE_MEM_INIT
`define RANDOMIZE
`endif
`ifndef RANDOM
`define RANDOM $random
`endif
`ifdef RANDOMIZE_MEM_INIT
  integer initvar;
`endif
`ifndef SYNTHESIS
`ifdef FIRRTL_BEFORE_INITIAL
`FIRRTL_BEFORE_INITIAL
`endif
initial begin
  `ifdef RANDOMIZE
    `ifdef INIT_RANDOM
      `INIT_RANDOM
    `endif
    `ifndef VERILATOR
      `ifdef RANDOMIZE_DELAY
        #`RANDOMIZE_DELAY begin end
      `else
        #0.002 begin end
      `endif
    `endif
`ifdef RANDOMIZE_MEM_INIT
  _RAND_0 = {1{`RANDOM}};
  for (initvar = 0; initvar < 128; initvar = initvar+1)
    hi_us_0[initvar] = _RAND_0[0:0];
  _RAND_3 = {1{`RANDOM}};
  for (initvar = 0; initvar < 128; initvar = initvar+1)
    hi_us_1[initvar] = _RAND_3[0:0];
  _RAND_6 = {1{`RANDOM}};
  for (initvar = 0; initvar < 128; initvar = initvar+1)
    hi_us_2[initvar] = _RAND_6[0:0];
  _RAND_9 = {1{`RANDOM}};
  for (initvar = 0; initvar < 128; initvar = initvar+1)
    hi_us_3[initvar] = _RAND_9[0:0];
  _RAND_12 = {1{`RANDOM}};
  for (initvar = 0; initvar < 128; initvar = initvar+1)
    lo_us_0[initvar] = _RAND_12[0:0];
  _RAND_15 = {1{`RANDOM}};
  for (initvar = 0; initvar < 128; initvar = initvar+1)
    lo_us_1[initvar] = _RAND_15[0:0];
  _RAND_18 = {1{`RANDOM}};
  for (initvar = 0; initvar < 128; initvar = initvar+1)
    lo_us_2[initvar] = _RAND_18[0:0];
  _RAND_21 = {1{`RANDOM}};
  for (initvar = 0; initvar < 128; initvar = initvar+1)
    lo_us_3[initvar] = _RAND_21[0:0];
  _RAND_24 = {1{`RANDOM}};
  for (initvar = 0; initvar < 128; initvar = initvar+1)
    table_0[initvar] = _RAND_24[10:0];
  _RAND_27 = {1{`RANDOM}};
  for (initvar = 0; initvar < 128; initvar = initvar+1)
    table_1[initvar] = _RAND_27[10:0];
  _RAND_30 = {1{`RANDOM}};
  for (initvar = 0; initvar < 128; initvar = initvar+1)
    table_2[initvar] = _RAND_30[10:0];
  _RAND_33 = {1{`RANDOM}};
  for (initvar = 0; initvar < 128; initvar = initvar+1)
    table_3[initvar] = _RAND_33[10:0];
`endif // RANDOMIZE_MEM_INIT
`ifdef RANDOMIZE_REG_INIT
  _RAND_1 = {1{`RANDOM}};
  hi_us_0_s2_req_rhius_en_pipe_0 = _RAND_1[0:0];
  _RAND_2 = {1{`RANDOM}};
  hi_us_0_s2_req_rhius_addr_pipe_0 = _RAND_2[6:0];
  _RAND_4 = {1{`RANDOM}};
  hi_us_1_s2_req_rhius_en_pipe_0 = _RAND_4[0:0];
  _RAND_5 = {1{`RANDOM}};
  hi_us_1_s2_req_rhius_addr_pipe_0 = _RAND_5[6:0];
  _RAND_7 = {1{`RANDOM}};
  hi_us_2_s2_req_rhius_en_pipe_0 = _RAND_7[0:0];
  _RAND_8 = {1{`RANDOM}};
  hi_us_2_s2_req_rhius_addr_pipe_0 = _RAND_8[6:0];
  _RAND_10 = {1{`RANDOM}};
  hi_us_3_s2_req_rhius_en_pipe_0 = _RAND_10[0:0];
  _RAND_11 = {1{`RANDOM}};
  hi_us_3_s2_req_rhius_addr_pipe_0 = _RAND_11[6:0];
  _RAND_13 = {1{`RANDOM}};
  lo_us_0_s2_req_rlous_en_pipe_0 = _RAND_13[0:0];
  _RAND_14 = {1{`RANDOM}};
  lo_us_0_s2_req_rlous_addr_pipe_0 = _RAND_14[6:0];
  _RAND_16 = {1{`RANDOM}};
  lo_us_1_s2_req_rlous_en_pipe_0 = _RAND_16[0:0];
  _RAND_17 = {1{`RANDOM}};
  lo_us_1_s2_req_rlous_addr_pipe_0 = _RAND_17[6:0];
  _RAND_19 = {1{`RANDOM}};
  lo_us_2_s2_req_rlous_en_pipe_0 = _RAND_19[0:0];
  _RAND_20 = {1{`RANDOM}};
  lo_us_2_s2_req_rlous_addr_pipe_0 = _RAND_20[6:0];
  _RAND_22 = {1{`RANDOM}};
  lo_us_3_s2_req_rlous_en_pipe_0 = _RAND_22[0:0];
  _RAND_23 = {1{`RANDOM}};
  lo_us_3_s2_req_rlous_addr_pipe_0 = _RAND_23[6:0];
  _RAND_25 = {1{`RANDOM}};
  table_0_MPORT_en_pipe_0 = _RAND_25[0:0];
  _RAND_26 = {1{`RANDOM}};
  table_0_MPORT_addr_pipe_0 = _RAND_26[6:0];
  _RAND_28 = {1{`RANDOM}};
  table_1_MPORT_en_pipe_0 = _RAND_28[0:0];
  _RAND_29 = {1{`RANDOM}};
  table_1_MPORT_addr_pipe_0 = _RAND_29[6:0];
  _RAND_31 = {1{`RANDOM}};
  table_2_MPORT_en_pipe_0 = _RAND_31[0:0];
  _RAND_32 = {1{`RANDOM}};
  table_2_MPORT_addr_pipe_0 = _RAND_32[6:0];
  _RAND_34 = {1{`RANDOM}};
  table_3_MPORT_en_pipe_0 = _RAND_34[0:0];
  _RAND_35 = {1{`RANDOM}};
  table_3_MPORT_addr_pipe_0 = _RAND_35[6:0];
  _RAND_36 = {1{`RANDOM}};
  doing_reset = _RAND_36[0:0];
  _RAND_37 = {1{`RANDOM}};
  reset_idx = _RAND_37[6:0];
  _RAND_38 = {1{`RANDOM}};
  s2_tag = _RAND_38[6:0];
  _RAND_39 = {1{`RANDOM}};
  REG = _RAND_39[0:0];
  _RAND_40 = {1{`RANDOM}};
  REG_1 = _RAND_40[1:0];
  _RAND_41 = {1{`RANDOM}};
  REG_2 = _RAND_41[2:0];
  _RAND_42 = {1{`RANDOM}};
  REG_3 = _RAND_42[0:0];
  _RAND_43 = {1{`RANDOM}};
  REG_4 = _RAND_43[1:0];
  _RAND_44 = {1{`RANDOM}};
  REG_5 = _RAND_44[2:0];
  _RAND_45 = {1{`RANDOM}};
  REG_6 = _RAND_45[0:0];
  _RAND_46 = {1{`RANDOM}};
  REG_7 = _RAND_46[1:0];
  _RAND_47 = {1{`RANDOM}};
  REG_8 = _RAND_47[2:0];
  _RAND_48 = {1{`RANDOM}};
  REG_9 = _RAND_48[0:0];
  _RAND_49 = {1{`RANDOM}};
  REG_10 = _RAND_49[1:0];
  _RAND_50 = {1{`RANDOM}};
  REG_11 = _RAND_50[2:0];
  _RAND_51 = {1{`RANDOM}};
  clear_u_ctr = _RAND_51[18:0];
  _RAND_52 = {1{`RANDOM}};
  wrbypass_tags_0 = _RAND_52[6:0];
  _RAND_53 = {1{`RANDOM}};
  wrbypass_idxs_0 = _RAND_53[6:0];
  _RAND_54 = {1{`RANDOM}};
  wrbypass_tags_1 = _RAND_54[6:0];
  _RAND_55 = {1{`RANDOM}};
  wrbypass_idxs_1 = _RAND_55[6:0];
  _RAND_56 = {1{`RANDOM}};
  wrbypass_1_0 = _RAND_56[2:0];
  _RAND_57 = {1{`RANDOM}};
  wrbypass_0_0 = _RAND_57[2:0];
  _RAND_58 = {1{`RANDOM}};
  wrbypass_1_1 = _RAND_58[2:0];
  _RAND_59 = {1{`RANDOM}};
  wrbypass_0_1 = _RAND_59[2:0];
  _RAND_60 = {1{`RANDOM}};
  wrbypass_1_2 = _RAND_60[2:0];
  _RAND_61 = {1{`RANDOM}};
  wrbypass_0_2 = _RAND_61[2:0];
  _RAND_62 = {1{`RANDOM}};
  wrbypass_1_3 = _RAND_62[2:0];
  _RAND_63 = {1{`RANDOM}};
  wrbypass_0_3 = _RAND_63[2:0];
  _RAND_64 = {1{`RANDOM}};
  wrbypass_enq_idx = _RAND_64[0:0];
`endif // RANDOMIZE_REG_INIT
  `endif // RANDOMIZE
end // initial
`ifdef FIRRTL_AFTER_INITIAL
`FIRRTL_AFTER_INITIAL
`endif
`endif // SYNTHESIS
endmodule